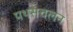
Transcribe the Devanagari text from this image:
पथसंचलन